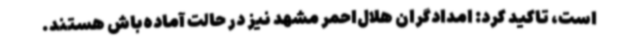
است، تاکید کرد: امدادگران هلال‌احمر مشهد نیز در حالت آماده‌باش هستند.